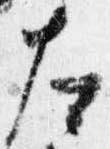
左